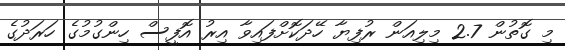
މި ގޮތުން 2.7 މިލިއަން ރުފިޔާ ހޭދަކޮށްފައިވާ އިރު އޮފީސް ހިންގުމުގެ ހަރަދުގެ